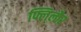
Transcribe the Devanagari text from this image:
फ्लि्लौर